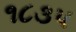
૧૮૩પ